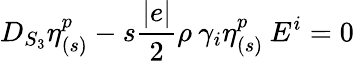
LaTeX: D_{S_{3}}\eta_{(s)}^{p}-s\frac{|e|}{2}\rho\: \gamma_{i}\eta_{(s)}^{p}\: E^{i}=0